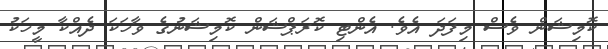
ކޮމިޝަން ވެސް މިފަދަ އެވެ. އެންޓި ކޮރަޕްޝަން ކޮމިޝަނުގެ ވާހަކަ ދެއްކާ މީހަކު